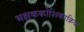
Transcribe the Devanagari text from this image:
भक्षककोशिकाक्रिया